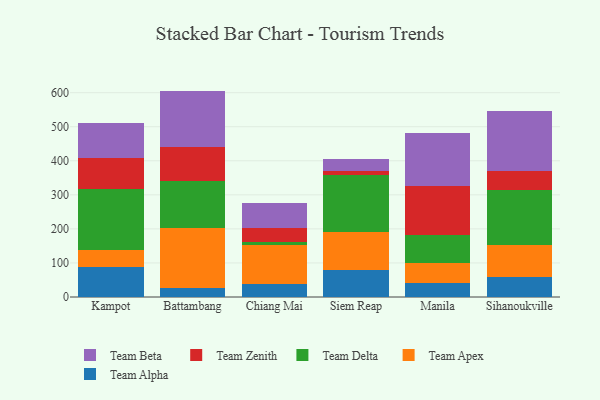
{"axis": {"x": "City", "y": "Gross Profit (USD K)"}, "legend": ["Team Alpha", "Team Apex", "Team Beta", "Team Delta", "Team Zenith"], "data": [{"x": "Kampot", "y": 88.9, "type": "Team Alpha"}, {"x": "Kampot", "y": 49.7, "type": "Team Apex"}, {"x": "Kampot", "y": 179.1, "type": "Team Delta"}, {"x": "Kampot", "y": 90.7, "type": "Team Zenith"}, {"x": "Kampot", "y": 102.1, "type": "Team Beta"}, {"x": "Battambang", "y": 26.7, "type": "Team Alpha"}, {"x": "Battambang", "y": 175.4, "type": "Team Apex"}, {"x": "Battambang", "y": 137.3, "type": "Team Delta"}, {"x": "Battambang", "y": 100.5, "type": "Team Zenith"}, {"x": "Battambang", "y": 165.4, "type": "Team Beta"}, {"x": "Chiang Mai", "y": 37.4, "type": "Team Alpha"}, {"x": "Chiang Mai", "y": 114.0, "type": "Team Apex"}, {"x": "Chiang Mai", "y": 11.4, "type": "Team Delta"}, {"x": "Chiang Mai", "y": 38.9, "type": "Team Zenith"}, {"x": "Chiang Mai", "y": 75.6, "type": "Team Beta"}, {"x": "Siem Reap", "y": 80.1, "type": "Team Alpha"}, {"x": "Siem Reap", "y": 111.8, "type": "Team Apex"}, {"x": "Siem Reap", "y": 165.1, "type": "Team Delta"}, {"x": "Siem Reap", "y": 12.1, "type": "Team Zenith"}, {"x": "Siem Reap", "y": 36.3, "type": "Team Beta"}, {"x": "Manila", "y": 41.5, "type": "Team Alpha"}, {"x": "Manila", "y": 58.0, "type": "Team Apex"}, {"x": "Manila", "y": 82.1, "type": "Team Delta"}, {"x": "Manila", "y": 145.7, "type": "Team Zenith"}, {"x": "Manila", "y": 155.0, "type": "Team Beta"}, {"x": "Sihanoukville", "y": 58.6, "type": "Team Alpha"}, {"x": "Sihanoukville", "y": 93.3, "type": "Team Apex"}, {"x": "Sihanoukville", "y": 161.0, "type": "Team Delta"}, {"x": "Sihanoukville", "y": 57.8, "type": "Team Zenith"}, {"x": "Sihanoukville", "y": 175.2, "type": "Team Beta"}]}